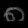
Digit: ၈